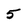
Character: 5